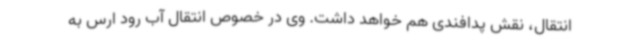
انتقال، نقش پدافندی هم خواهد داشت. وی در خصوص انتقال آب رود ارس به